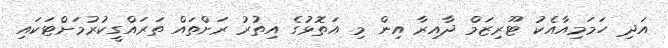
އަދި ހަމަމިއާއެކު ޓޫރިޒަމް ދާއިރާ އިން މި އަތޮޅުގެ އިތުރު ރަށްތައް ތަރައްގީކުރުމަށްޓަކައި